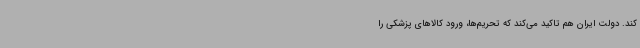
کند. دولت ایران هم تاکید می‌کند که تحریم‌ها، ورود کالاهای پزشکی را